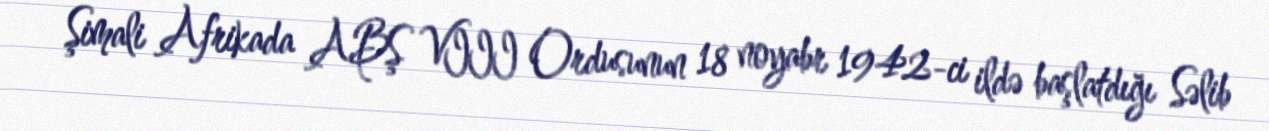
Şimali Afrikada ABŞ VIII Ordusunun 18 noyabr 1942-ci ildə başlatdığı Səlib